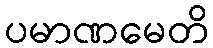
ပမာဏမေတိ